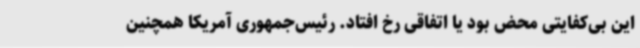
این بی‌کفایتی محض بود یا اتفاقی رخ افتاد. رئیس‌جمهوری آمریکا همچنین